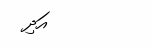
އަދި